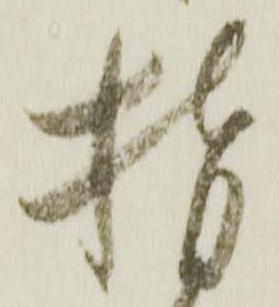
指